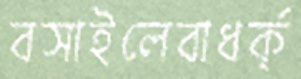
বসাইলেবাধর্ক্